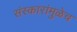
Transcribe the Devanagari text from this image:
संस्कारांमुळेच